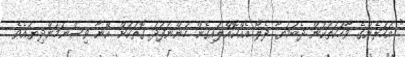
" އަހަރެންގެ ވާހަކަތަކުން ދެބުމަޔާ ދެލޯ އެއްކޮއްލައިގެން ހުންނަފަދަ ގޮތަކަށް އޭނާ ވިސްނަމުންދިޔައެވެ.